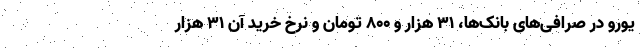
یورو در صرافی‌های بانک‌ها، ۳۱ هزار و ۸۰۰ تومان و نرخ خرید آن ۳۱ هزار